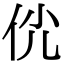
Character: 𠇵